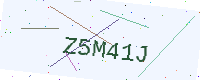
Text: Z5M41J